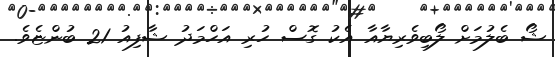
ޝޯ ބެލުމަށް ލޯބިވެރިޔާއާ އެކު ގޮސް ހުރި އަހްމަދު ޝާފިއު 21 ބުންޏެވެ.